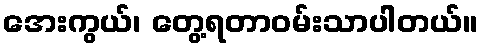
အေးကွယ်၊ တွေ့ရတာဝမ်းသာပါတယ်။